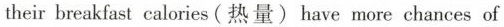
their breakfast calories(热量) have more chances of